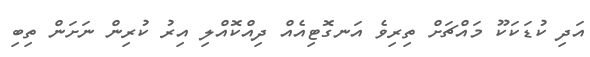
އަދި ކުޑަކަކޫ މައްޗަށް ތިރިވެ އަނގޮޓިއެއް ދިއްކޮއްލި އިރު ކުރިން ނަށަން ތިބި